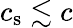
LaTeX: c_{\mathrm{s}}\lesssim c